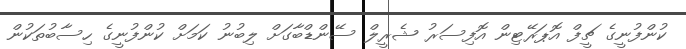
ކުންފުނީގެ ޗީފް އޮޕަރޭޓިން އޮފިސަރު ޝެރީލް ސޭންޑްބާގަށް ލިބުނު ކަމަށް ކުންފުނީގެ ހިސާބުތަކުން